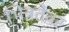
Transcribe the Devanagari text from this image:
भिन्नतेवर